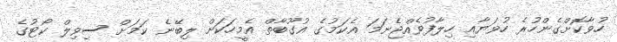
ހުވާކޮށްގެންހުރެ ހުވަޔާއި ހިލާފުވެއްޖެނަމަ އެކަމުގެ އުގޫބާތް އެމީހަކަށް ލިބޭނެ ކަމަށް ސިވިލް ކޯޓުގެ